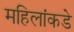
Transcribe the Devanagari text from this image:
महिलांकडे